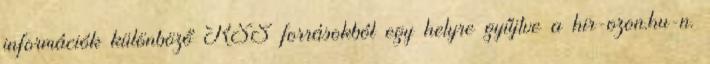
információk különböző RSS forrásokból egy helyre gyűjtve a hir-ozon.hu-n.